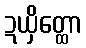
ဍယှိတ္ထော